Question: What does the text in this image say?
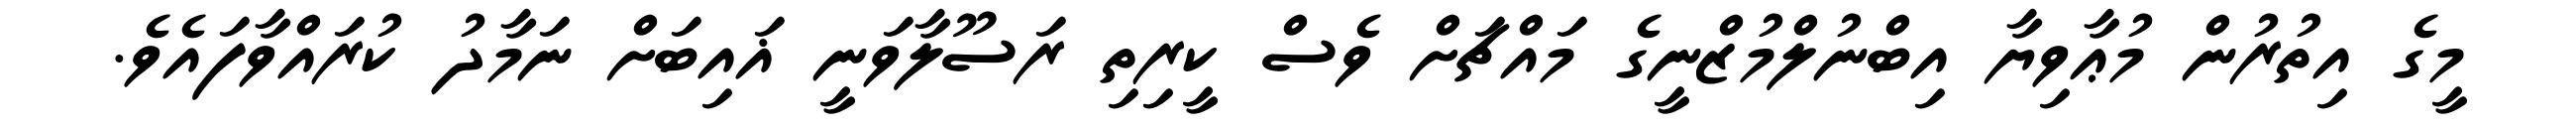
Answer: މީގެ އިތުރުން މުޢާވިޔާ އިބްނުލްމުޒްނީގެ މައްޗަށް ވެސް ކީރިތި ރަސޫލާވަނީ ޣައިބަށް ނަމާދު ކުރައްވާފައެވެ.